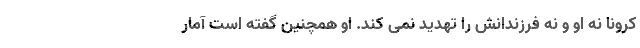
کرونا نه او و نه فرزندانش را تهدید نمی کند. او همچنین گفته است آمار